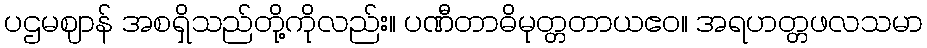
ပဌမဈာန် အစရှိသည်တို့ကိုလည်း။ ပဏီတာဓိမုတ္တတာယဧဝ။ အရဟတ္တဖလသမာ